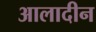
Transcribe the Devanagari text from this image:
आलादीन